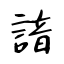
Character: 諳